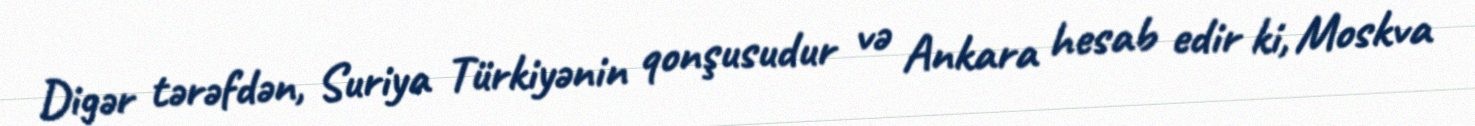
Digər tərəfdən, Suriya Türkiyənin qonşusudur və Ankara hesab edir ki, Moskva